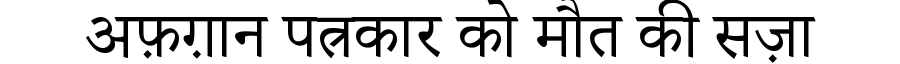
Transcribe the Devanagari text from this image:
अफ़ग़ान पत्रकार को मौत की सज़ा